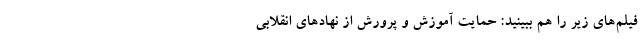
فیلم‌های زیر را هم ببینید: حمایت آموزش و پرورش از نهادهای انقلابی